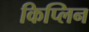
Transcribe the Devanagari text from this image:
किप्लिन